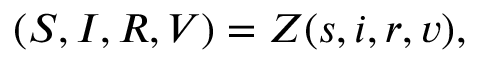
( S , I , R , V ) = Z ( s , i , r , v ) ,